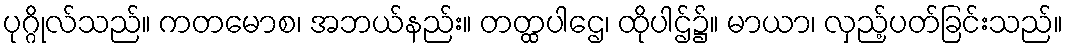
ပုဂ္ဂိုလ်သည်။ ကတမောစ၊ အဘယ်နည်း။ တတ္ထပါဌေ၊ ထိုပါဌ်၌။ မာယာ၊ လှည့်ပတ်ခြင်းသည်။